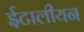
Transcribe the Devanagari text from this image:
ईटालीयन